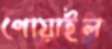
পোয়াইল